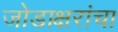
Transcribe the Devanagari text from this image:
जोडाक्षरांचा